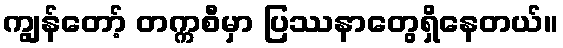
ကျွန်တော့် တက္ကစီမှာ ပြဿနာတွေရှိနေတယ်။